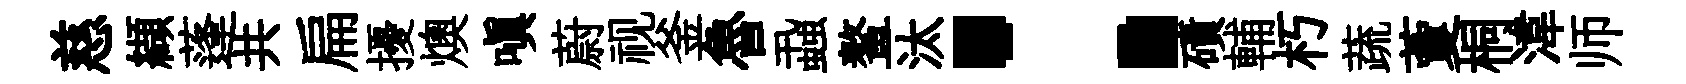
慈纈蓬共扁擾燠嗔蔚视釜魯蝨鳌汰：磧輔朽蔬藑桐湋师